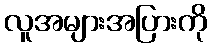
လူအများအပြားကို